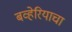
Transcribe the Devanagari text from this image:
बव्हेरियाचा